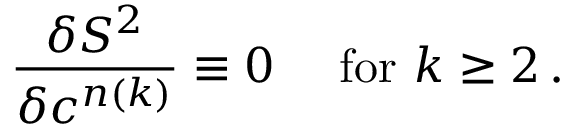
\frac { \delta S ^ { 2 } } { \delta c ^ { n ( k ) } } \equiv 0 \mathrm { \quad ~ f o r ~ } k \geq 2 \, .